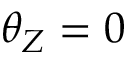
\theta _ { Z } = 0